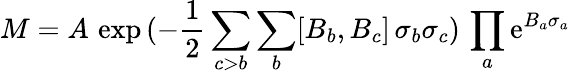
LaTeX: M=A\, \exp\, (-\frac{1}{2}\sum_{c>b}\sum_{b}[B_{b},B_{c}]\, \sigma_{b}\sigma_{c})\, \prod_{a}\mathrm{e}^{B_{a}\sigma_{a}}